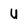
Character: U